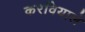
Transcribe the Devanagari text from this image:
करवियाले